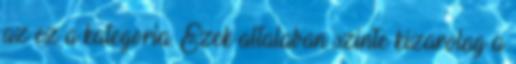
az ez a kategoria. Ezek altalaban szinte kizarolag a